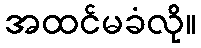
အထင်မခံလို။